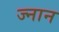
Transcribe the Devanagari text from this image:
ज्नान